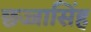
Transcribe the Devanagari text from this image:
छज्जासिंह